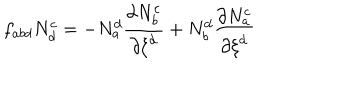
f _ { a b d } N _ { d } ^ { c } = - N _ { a } ^ { d } { \frac { { \partial } N _ { b } ^ { { c } } } { { \partial } { \xi } ^ { d } } } + N _ { b } ^ { d } { \frac { { \partial } N _ { a } ^ { { c } } } { { \partial } { \xi } ^ { d } } }